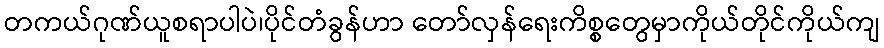
တကယ်ဂုဏ်ယူစရာပါပဲ၊ပိုင်တံခွန်ဟာ တော်လှန်ရေးကိစ္စတွေမှာကိုယ်တိုင်ကိုယ်ကျ